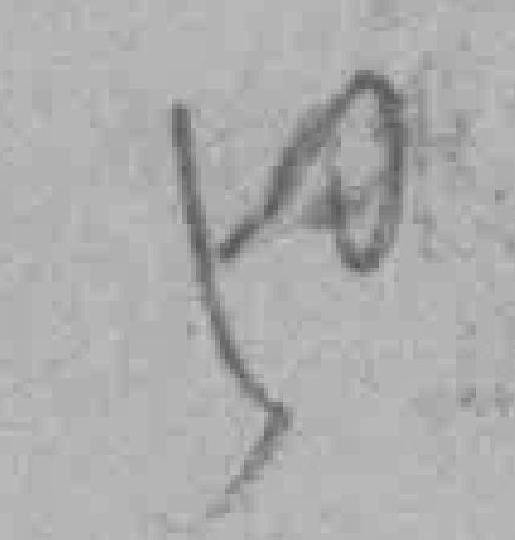
50